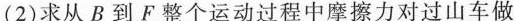
(2)求从B到F整个运动过程中摩擦力对过山车做